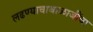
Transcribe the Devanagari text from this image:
लढण्याचाबाळाजींचा